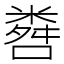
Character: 𬖨